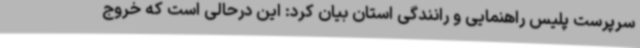
سرپرست پلیس راهنمایی و رانندگی استان بیان کرد: این درحالی است که خروج